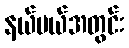
နယ်ပယ်အတွင်း